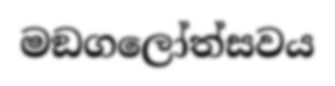
මඞගලෝත්සවය